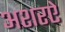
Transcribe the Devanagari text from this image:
अशरऐ